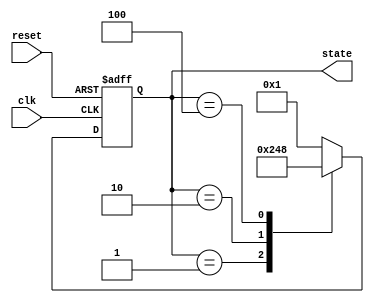
module johnson_counter (
    input wire clk,
    input wire reset,
    output reg [3:0] state
);

reg [3:0] next_state;

always @(posedge clk or posedge reset) begin
    if (reset) begin
        state <= 4'b0001;
    end else begin
        state <= next_state;
    end
end

always @(*) begin
    case (state)
        4'b0001: next_state = 4'b0010;
        4'b0010: next_state = 4'b0100;
        4'b0100: next_state = 4'b1000;
        4'b1000: next_state = 4'b0001;
        default: next_state = 4'b0001;
    endcase
end

endmodule